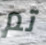
تم